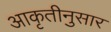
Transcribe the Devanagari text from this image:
आकृतीनुसार